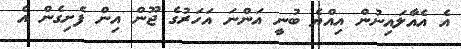
އެ އެއާލައިނުން އިއްޔެ ބުނީ އަންނަ އަހަރުގެ ޖޫން އިން ފެށިގެން އެ